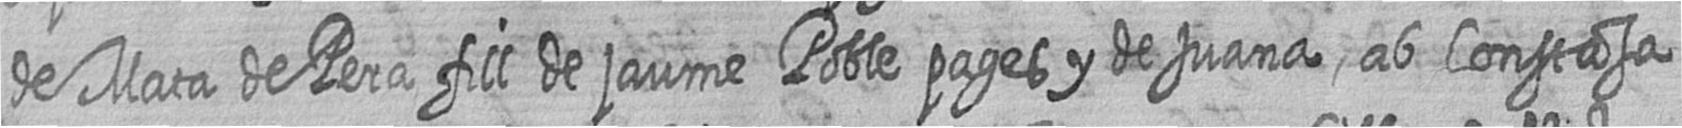
de Mata de Pera fill de jaume Poble pages y de Juana ab Constasa